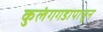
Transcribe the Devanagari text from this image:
कुलंगगडापासून